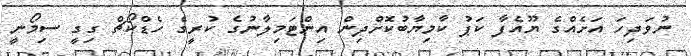
ނުވަދިހަ އަށެއްގެ ޔޫއެފާ ކަޕު ކާމިޔާބުކޮށްދިން އިންޓަމިލާނުގެ ކުރީގެ ހެޑްކޯޗް ގިގީ ސިމޯނީ